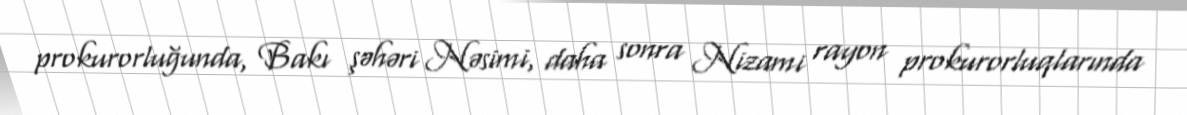
prokurorluğunda, Bakı şəhəri Nəsimi, daha sonra Nizami rayon prokurorluqlarında